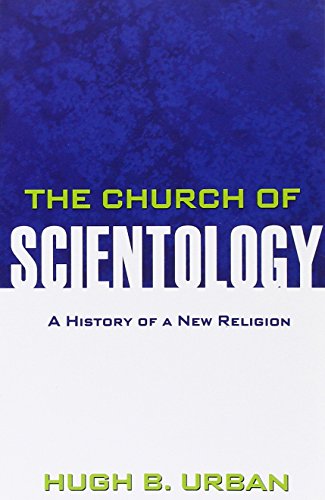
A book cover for The Church of Scientology: A History of a New Religion; Hugh B. Urban; Religion & Spirituality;